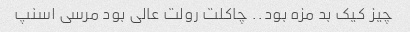
چیز کیک بد مزه بود.. چاکلت رولت عالی بود مرسی اسنپ